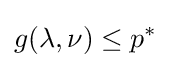
g(\lambda ,\nu )\leq p^{*}